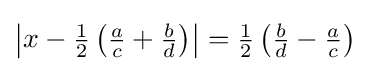
\left|x-{\tfrac {1}{2}}\left({\tfrac {a}{c}}+{\tfrac {b}{d}}\right)\right|={\tfrac {1}{2}}\left({\tfrac {b}{d}}-{\tfrac {a}{c}}\right)